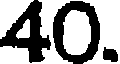
40.